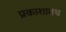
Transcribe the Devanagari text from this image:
प्रकाशातच